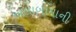
અલાબામાની